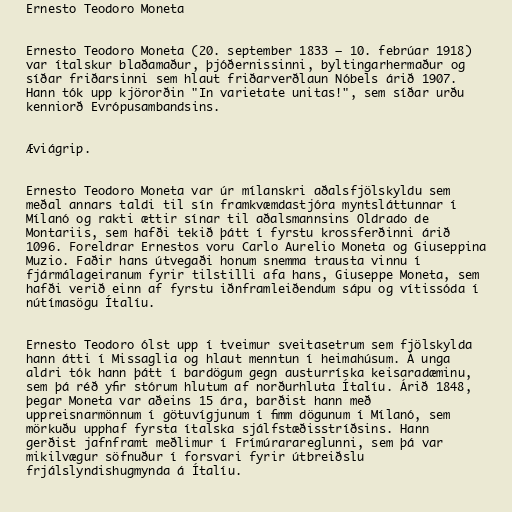
Ernesto Teodoro Moneta

Ernesto Teodoro Moneta (20. september 1833 – 10. febrúar 1918)
var ítalskur blaðamaður, þjóðernissinni, byltingarhermaður og
síðar friðarsinni sem hlaut friðarverðlaun Nóbels árið 1907.
Hann tók upp kjörorðin "In varietate unitas!", sem síðar urðu
kenniorð Evrópusambandsins.

Æviágrip.

Ernesto Teodoro Moneta var úr mílanskri aðalsfjölskyldu sem
meðal annars taldi til sín framkvæmdastjóra myntsláttunnar í
Mílanó og rakti ættir sínar til aðalsmannsins Oldrado de
Montariis, sem hafði tekið þátt í fyrstu krossferðinni árið
1096. Foreldrar Ernestos voru Carlo Aurelio Moneta og Giuseppina
Muzio. Faðir hans útvegaði honum snemma trausta vinnu í
fjármálageiranum fyrir tilstilli afa hans, Giuseppe Moneta, sem
hafði verið einn af fyrstu iðnframleiðendum sápu og vítissóda í
nútímasögu Ítalíu.

Ernesto Teodoro ólst upp í tveimur sveitasetrum sem fjölskylda
hann átti í Missaglia og hlaut menntun í heimahúsum. Á unga
aldri tók hann þátt í bardögum gegn austurríska keisaradæminu,
sem þá réð yfir stórum hlutum af norðurhluta Ítalíu. Árið 1848,
þegar Moneta var aðeins 15 ára, barðist hann með
uppreisnarmönnum í götuvígjunum í fimm dögunum í Mílanó, sem
mörkuðu upphaf fyrsta ítalska sjálfstæðisstríðsins. Hann
gerðist jafnframt meðlimur í Frímúrarareglunni, sem þá var
mikilvægur söfnuður í forsvari fyrir útbreiðslu
frjálslyndishugmynda á Ítalíu.